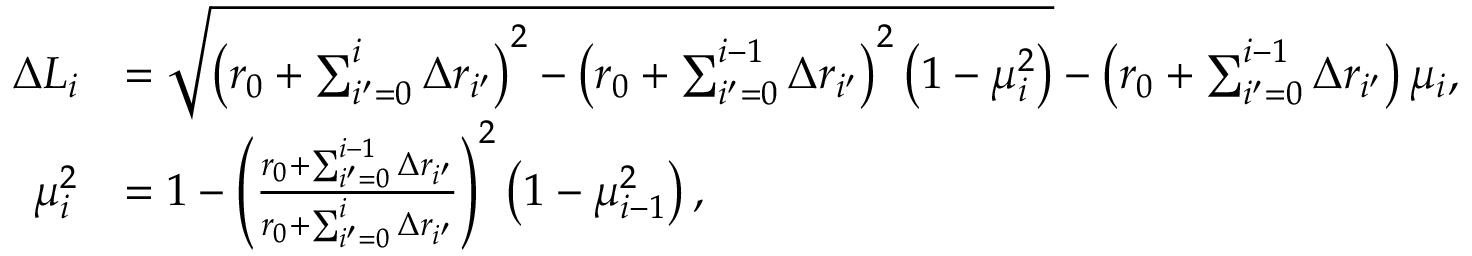
\begin{array} { r l } { \Delta L _ { i } } & { = \sqrt { \left( r _ { 0 } + \sum _ { i ^ { \prime } = 0 } ^ { i } \Delta r _ { i ^ { \prime } } \right) ^ { 2 } - \left( r _ { 0 } + \sum _ { i ^ { \prime } = 0 } ^ { i - 1 } \Delta r _ { i ^ { \prime } } \right) ^ { 2 } \left( 1 - \mu _ { i } ^ { 2 } \right) } - \left( r _ { 0 } + \sum _ { i ^ { \prime } = 0 } ^ { i - 1 } \Delta r _ { i ^ { \prime } } \right) \mu _ { i } , } \\ { \mu _ { i } ^ { 2 } } & { = 1 - \left( \frac { r _ { 0 } + \sum _ { i ^ { \prime } = 0 } ^ { i - 1 } \Delta r _ { i ^ { \prime } } } { r _ { 0 } + \sum _ { i ^ { \prime } = 0 } ^ { i } \Delta r _ { i ^ { \prime } } } \right) ^ { 2 } \left( 1 - \mu _ { i - 1 } ^ { 2 } \right) , } \end{array}